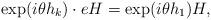
LaTeX: \begin{align*}\exp(i\theta h_k) \cdot e H = \exp(i\theta h_1) H,\end{align*}